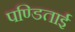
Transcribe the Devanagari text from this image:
पण्डिताई